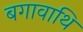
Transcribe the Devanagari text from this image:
बगावाथि